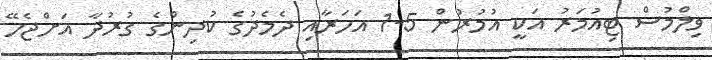
ވިލްމުސް ޓިއުމަރު އަކީ އުމުރުން 5-1 އަހަރާއި ދެމެދުގެ ކުދިންގެ ގުރުދާ އަށްޖެހޭ